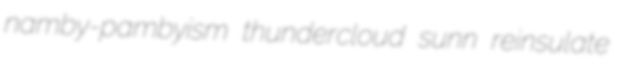
namby-pambyism thundercloud sunn reinsulate